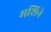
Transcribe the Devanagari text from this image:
मशिने